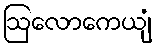
ဩလောကေယျံ